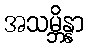
အသမ္ဘိန္နာ